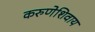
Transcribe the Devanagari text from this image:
करुणेशिवाय